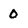
Character: 0